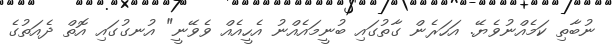
ނުބާތި ކަމެއްނުވެޔޭ. އަހަރެން ގާތުގައި ބުނީމައެއްނު އެހީއެއް ވެވޭނީ" އުނގުގައި އޮތް ދެއަތުގެ